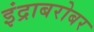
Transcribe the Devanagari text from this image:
इंद्राबरोबर